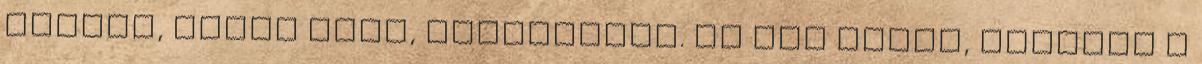
hozzon, Üssön csak, ostorozzon. Ha van Isten, földtől a